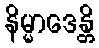
နိမ္မာဒေန္တိ